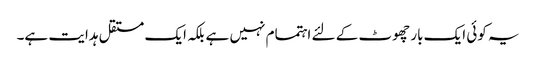
یہ کوئی ایک بار چھوٹ کے لئے اہتمام نہیں ہے بلکہ ایک مستقل ہدایت ہے۔